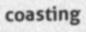
coasting